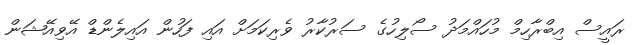
ރައީސް އިބްރާހިމް މުހައްމަދު ސޯލިހުގެ ސަރުކާރު ވެރިކަމަށް އައި ފަހުން އައިލެންޑް އޭވިއޭޝަން